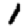
Digit: 1